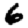
Digit: 6